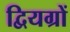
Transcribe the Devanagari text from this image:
द्वियग्रों